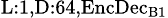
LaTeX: _{\textrm{L}:1,\textrm{D}:64,\textrm{EncDec}_{\textrm{B}1}}